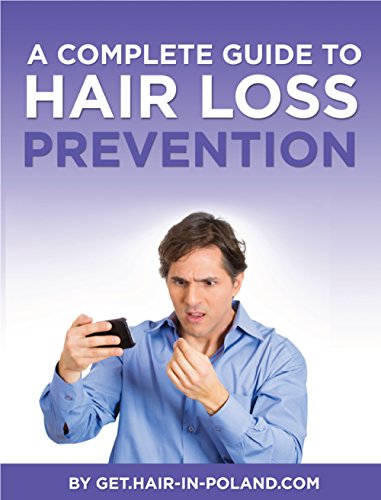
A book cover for A Complete Guide to Hair Loss Prevention; James Haar; Health, Fitness & Dieting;